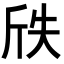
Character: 𭤢